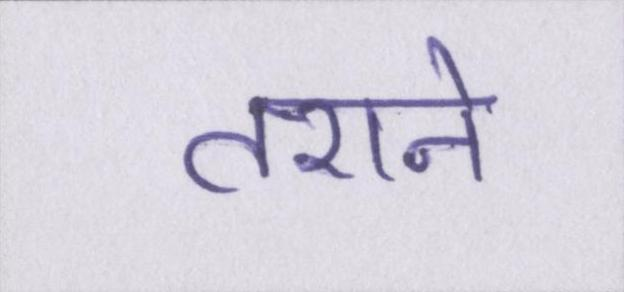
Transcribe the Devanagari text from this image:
तराने